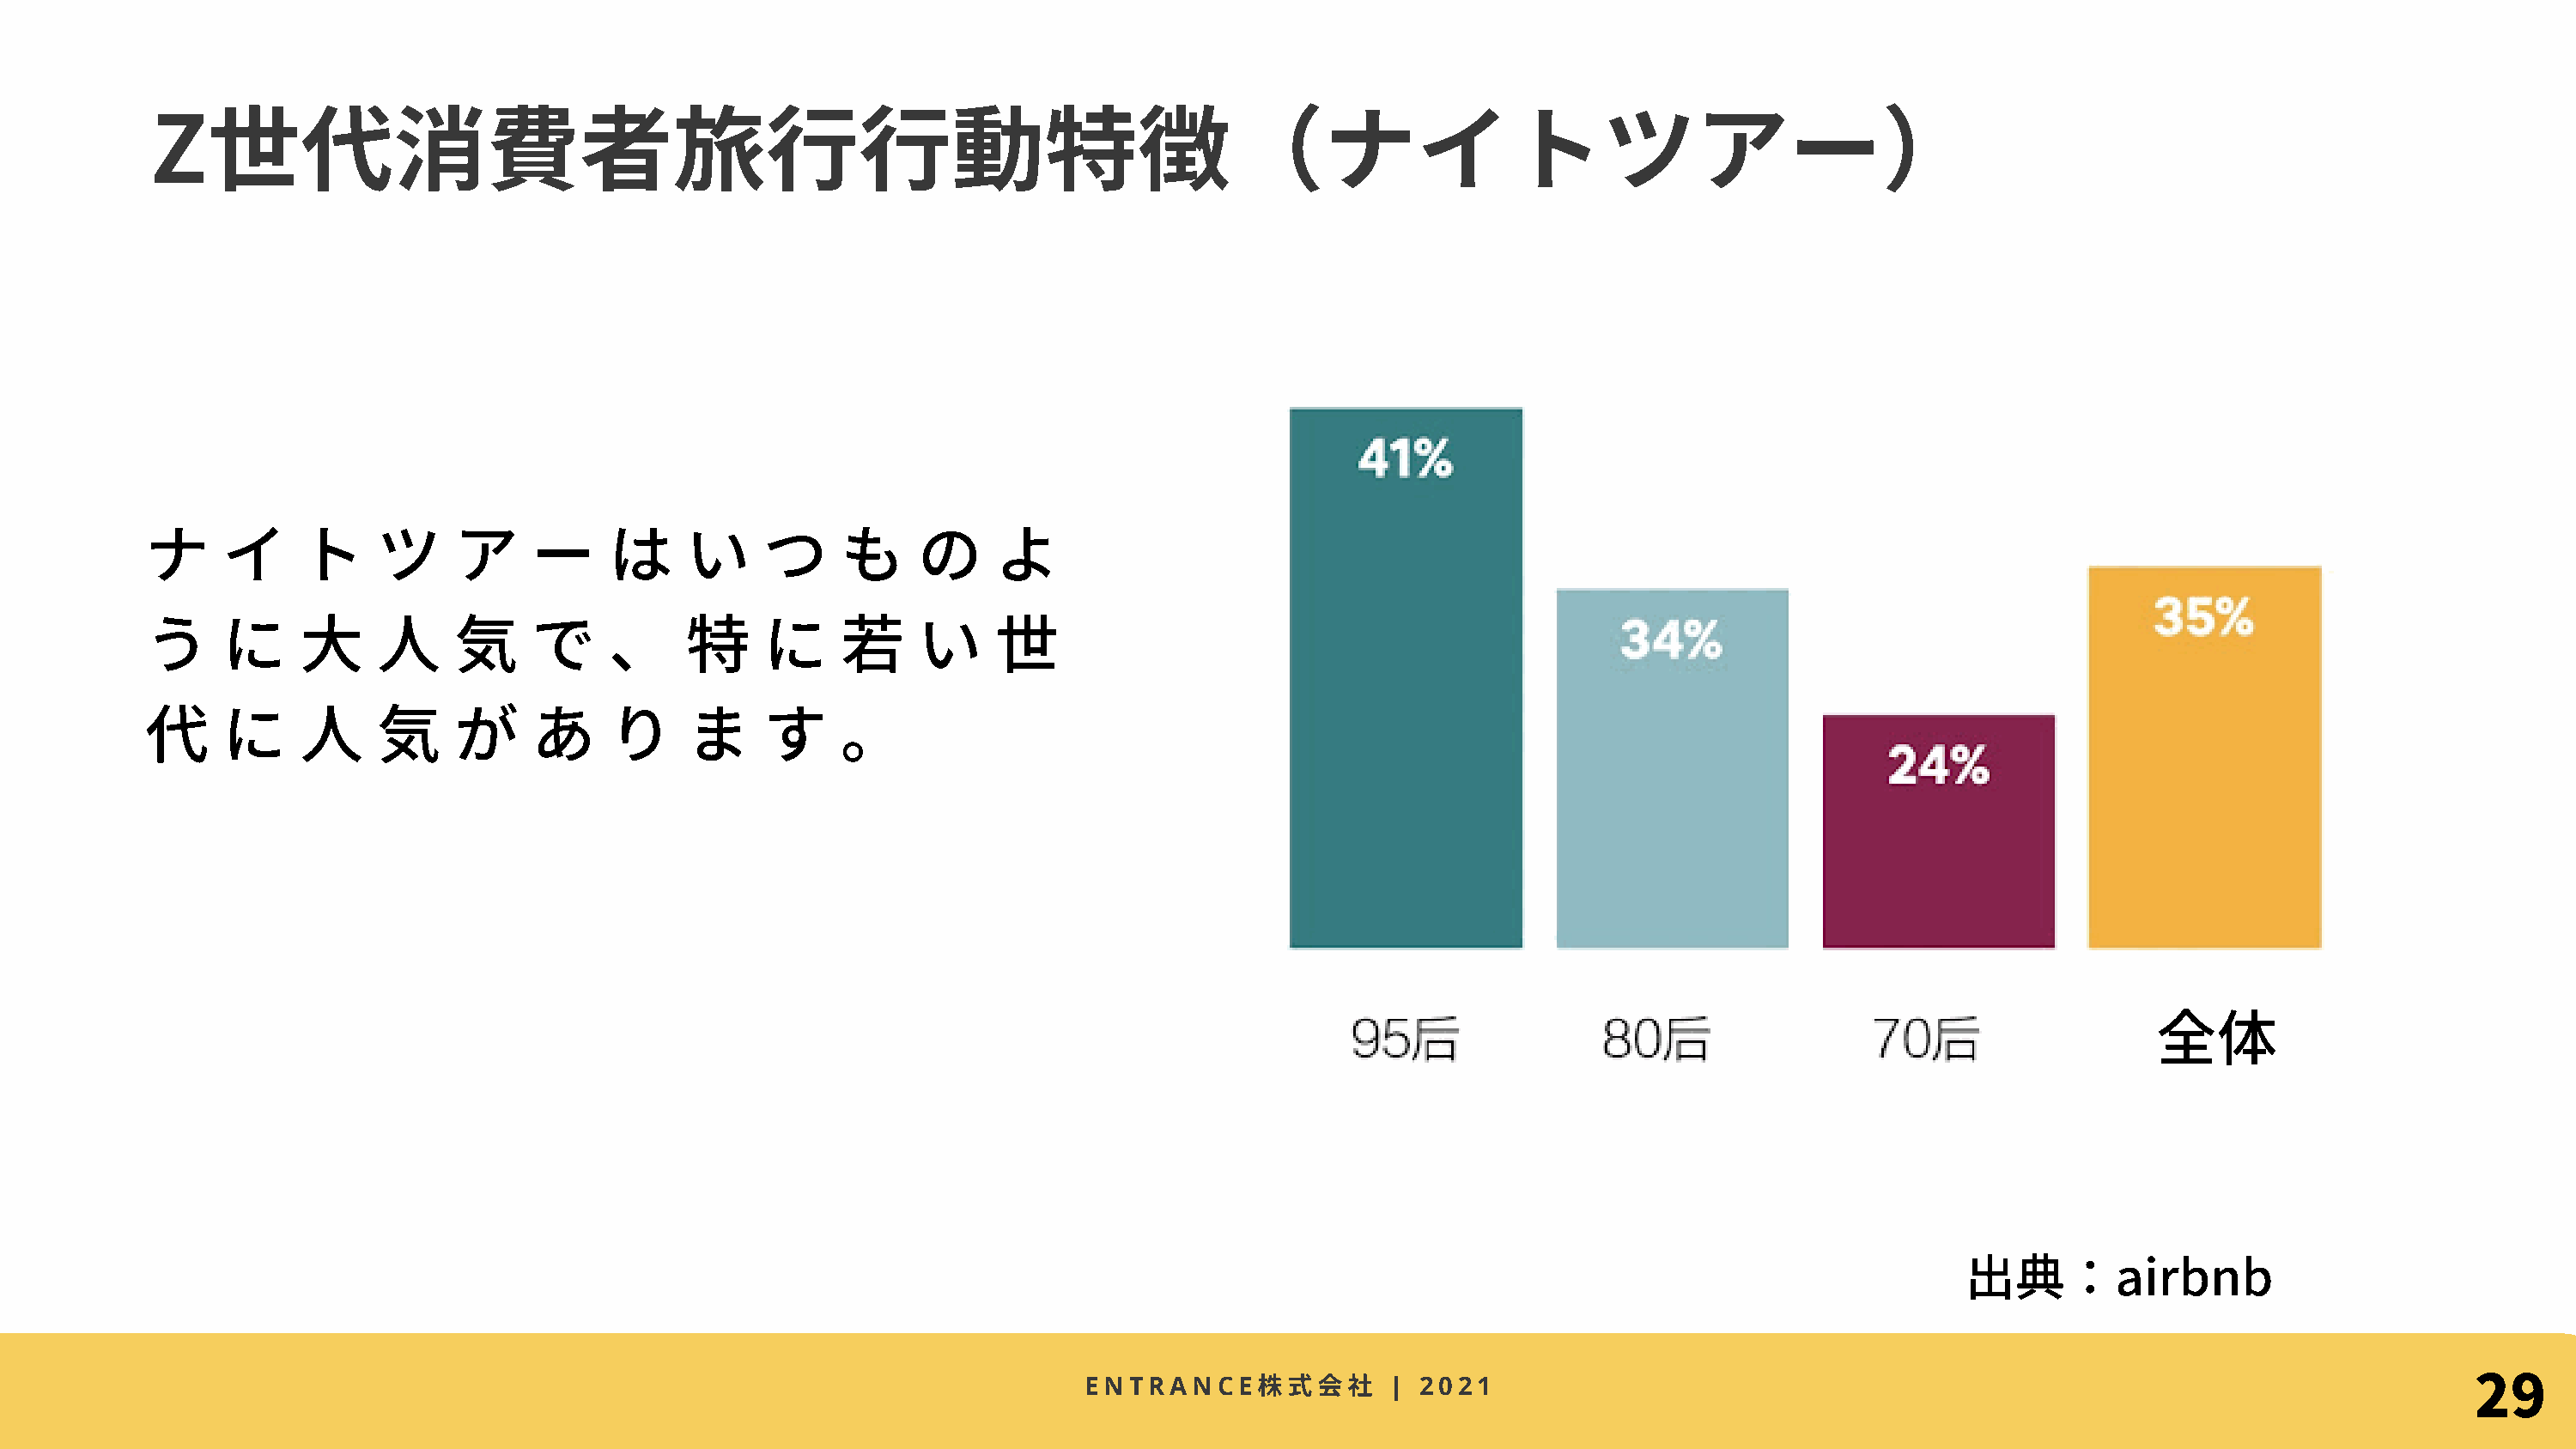
Z世代消費者旅⾏⾏動特徴（ナイトツアー）
 ナ     イ     ト     ツ     ア     ー     は     い     つ     も     の     よ
 う     に     ⼤     ⼈     気     で     、     特     に     若     い     世
 代     に     ⼈     気     が     あ     り     ま     す     。
 全体
 出典：airbnb
 29
 株式
 ENTRANCE               | 2021